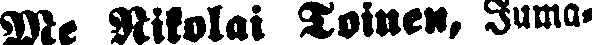
Me Nikolai Toinen, Juma-